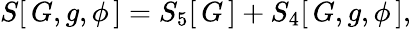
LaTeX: S[\, G,g,\phi\, ]=S_{5}[\, G\, ]+S_{4}[\, G,g,\phi\, ],